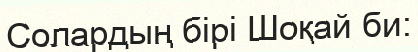
Солардың бірі Шоқай би: